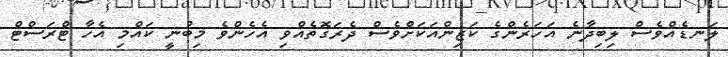
ލަނޑެއްވެސް ލިބިދާނެ އަހަރެންގެ ކަޒިންއަކަށްވެސް ދެރަގޮތެއްވި އެހެންވެ މިބުނީ ކައްމި އެހާ ޓްރަސްޓް